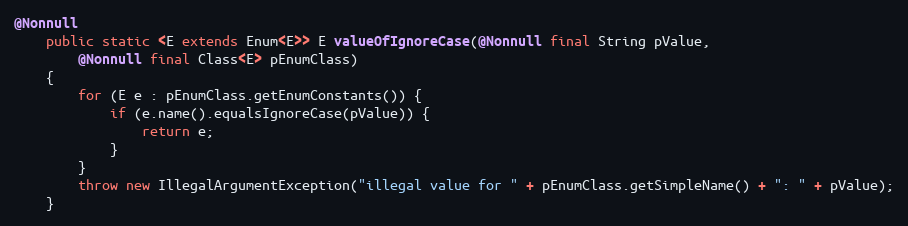
Language: Java
@Nonnull
    public static <E extends Enum<E>> E valueOfIgnoreCase(@Nonnull final String pValue,
        @Nonnull final Class<E> pEnumClass)
    {
        for (E e : pEnumClass.getEnumConstants()) {
            if (e.name().equalsIgnoreCase(pValue)) {
                return e;
            }
        }
        throw new IllegalArgumentException("illegal value for " + pEnumClass.getSimpleName() + ": " + pValue);
    }